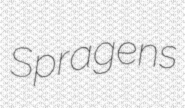
Spragens